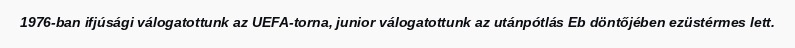
1976-ban ifjúsági válogatottunk az UEFA-torna, junior válogatottunk az utánpótlás Eb döntőjében ezüstérmes lett.